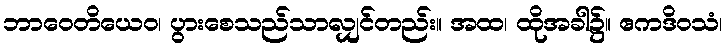
ဘာဝေတိယေဝ၊ ပွားစေသည်သာလျှင်တည်း။ အထ၊ ထိုအခါ၌။ ဧကဒိဝသံ၊